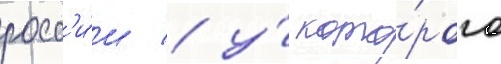
росс'и́и / у́ кото́рого